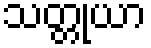
သတ္တုယာ